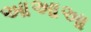
આઆઆ